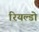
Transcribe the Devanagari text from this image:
रियल्डो